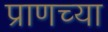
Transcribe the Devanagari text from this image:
प्राणच्या